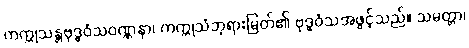
ကက္ကုသန္တဗုဒ္ဓဝံသဝဏ္ဏနာ၊ ကက္ကုသံဘုရားမြတ်၏ ဗုဒ္ဓဝံသအဖွင့်သည်။ သမတ္တာ၊